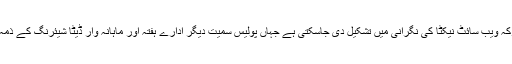
ایک مشترکہ ویب سائٹ نیکٹا کی نگرانی میں تشکیل دی جاسکتی ہے جہاں پولیس سمیت دیگر ادارے ہفتہ اور ماہانہ وار ڈیٹا شیئرنگ کے ذمہ دار ہوں ۔